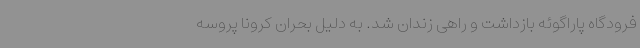
فرودگاه پاراگوئه بازداشت و راهی زندان شد. به دلیل بحران کرونا پروسه